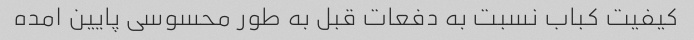
کیفیت کباب نسبت به دفعات قبل به طور محسوسی پایین امده